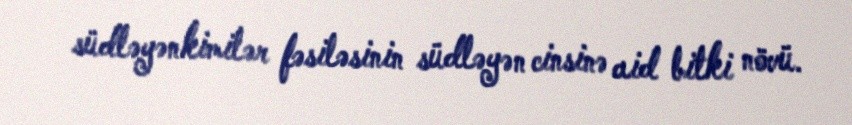
südləyənkimilər fəsiləsinin südləyən cinsinə aid bitki növü.